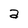
Character: a